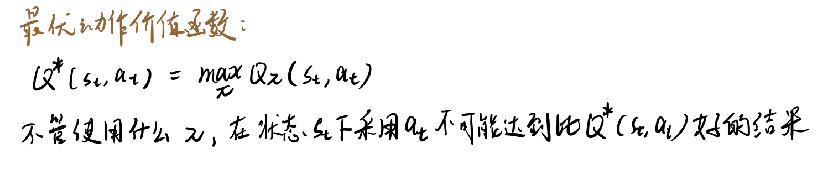
最优动作价值函数：

$Q^*(s_t,a_t)=\max_{a}Q(s_t,a)$

不管使用什么 $\pi$，在状态 $s_t$ 下采用 $a_t$ 不可能达到 $Q^*(s_t,a_t)$ 更好的结果